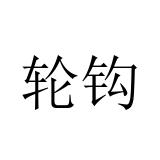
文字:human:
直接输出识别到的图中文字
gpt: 轮钩